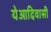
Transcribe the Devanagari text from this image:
येआदिवासी